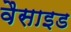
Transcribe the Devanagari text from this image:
वैसाइड